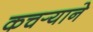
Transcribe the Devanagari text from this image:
कचर्‍याने